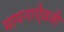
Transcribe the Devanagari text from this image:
मापनाऐवजी